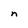
Character: n